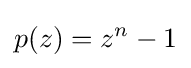
p(z)=z^{n}-1